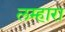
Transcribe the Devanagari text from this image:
लम्हारा